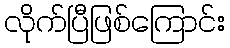
လိုက်ပြီဖြစ်ကြောင်း